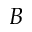
B